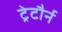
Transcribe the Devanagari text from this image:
ट्रेटौर्न